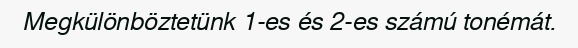
Megkülönböztetünk 1-es és 2-es számú tonémát.